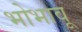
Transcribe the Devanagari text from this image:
भोभावू